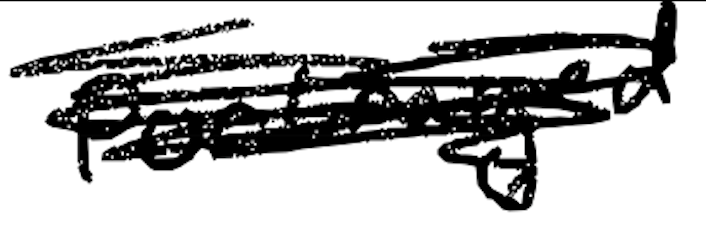
Text: portrayed
Cross-out: mix
Writing tool: digital_black